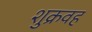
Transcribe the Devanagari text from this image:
शुक्रवह